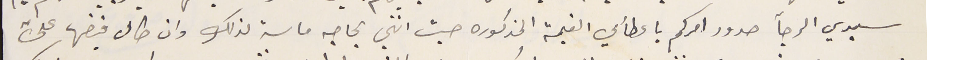
سيدي الرجآ صدور امركم باعطائي القيمة المذكوره حيث انني بحاجه ماسه لذلك وان طال قبضها علي